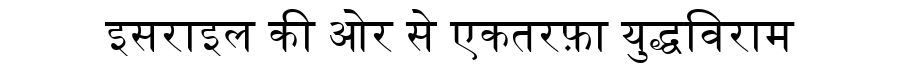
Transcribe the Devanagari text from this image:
इसराइल की ओर से एकतरफ़ा युद्धविराम